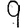
Digit: 9